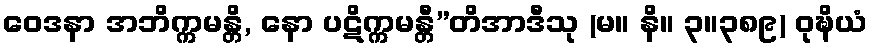
ဝေဒနာ အဘိက္ကမန္တိ, နော ပဋိက္ကမန္တီ”တိအာဒီသု (မ။ နိ။ ၃။၃၈၉) ဝုဍ္ဎိယံ